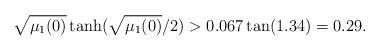
LaTeX: \begin{align*}\sqrt {\mu_1(0)} \tanh (\sqrt{\mu_1(0)}/2)> 0.067 \tan (1.34)=0.29.\end{align*}